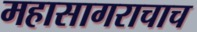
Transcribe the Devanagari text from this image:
महासागराचाच